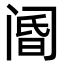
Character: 阍